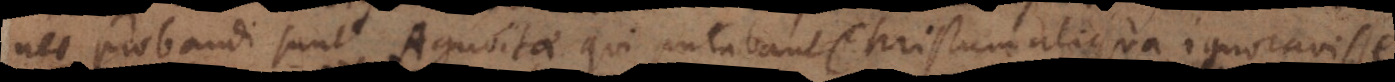
nec probandi sunt Agnoitae qui putabant Christum aliqua ignoravisse.